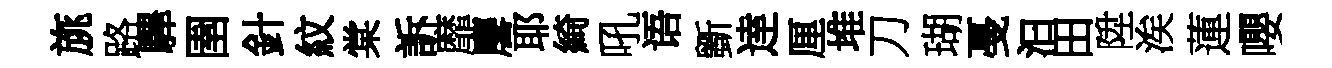
旐路驆圉針紋棠訴靡麐耶綺吼语斵逹厘堆刀瑚戞汩田陞涘蓮嚶